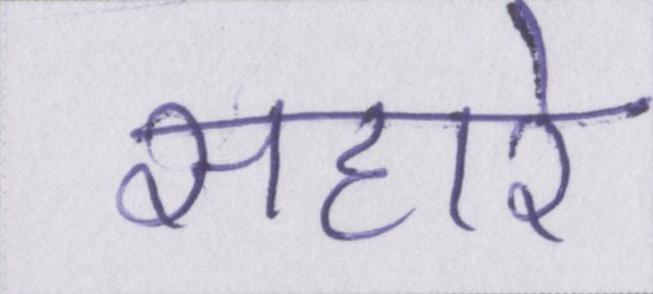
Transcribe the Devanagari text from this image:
सहारे